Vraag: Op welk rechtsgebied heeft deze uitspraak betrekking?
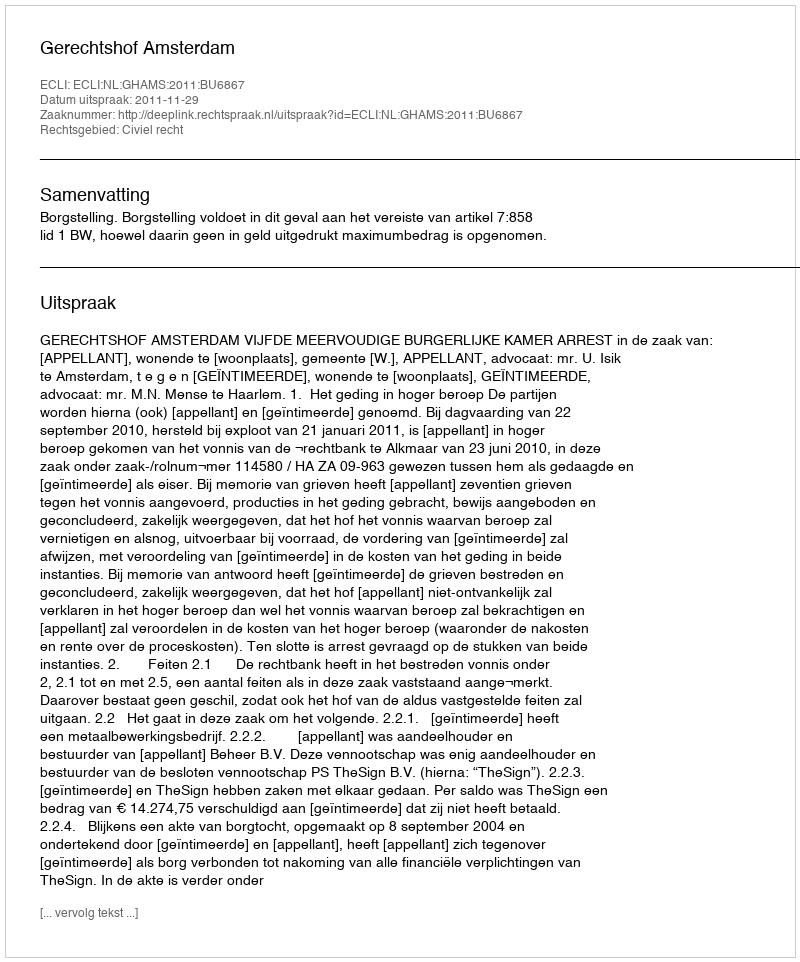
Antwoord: Civiel recht